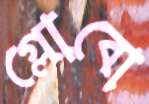
গ্লোবো